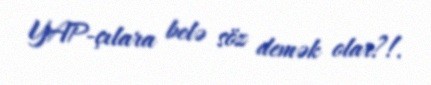
YAP-çılara belə söz demək olar?!.